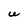
Character: U